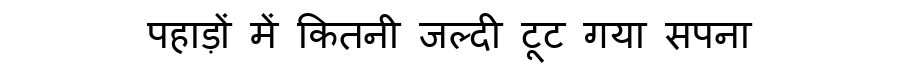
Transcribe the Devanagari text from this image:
पहाड़ों में कितनी जल्दी टूट गया सपना